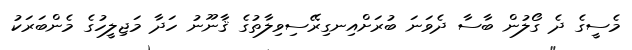
މެސީގެ ދެ ގޯލުން ބާސާ ދެވަނަ ބުރަށްއިނގިރޭސިވިލާތުގެ ޤާނޫނު ހަދާ މަޖިލީހުގެ މެންބަރަކު